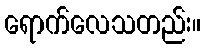
ရောက်လေသတည်း။